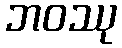
ဘဝဿု